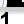
Digit: 1